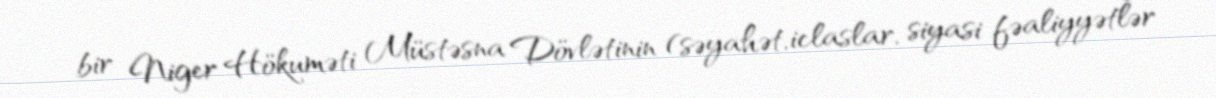
bir Niger Hökuməti Müstəsna Dövlətinin (səyahət, iclaslar, siyasi fəaliyyətlər